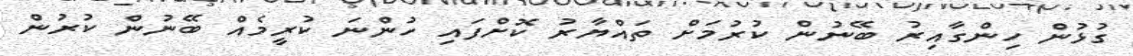
ގުޅުން ހިންގާއިރު ބޭނުން ކުރުމަށް ތައްޔާރު ކޮށްފައި ހުންނަ ކުރީމެއް ބޭނުން ކުރުން